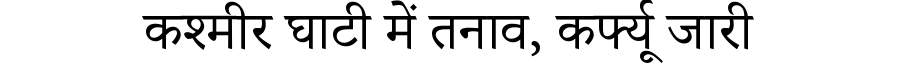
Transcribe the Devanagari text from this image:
कश्मीर घाटी में तनाव, कर्फ्यू जारी